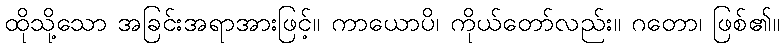
ထိုသို့သော အခြင်းအရာအားဖြင့်။ ကာယောပိ၊ ကိုယ်တော်လည်း။ ဂတော၊ ဖြစ်၏။